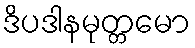
ဒိပဒါနမုတ္တမော